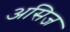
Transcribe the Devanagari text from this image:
असिज